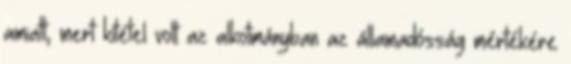
amiatt, mert kitétel volt az alkotmányban az államadósság mértékére